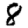
Digit: 8